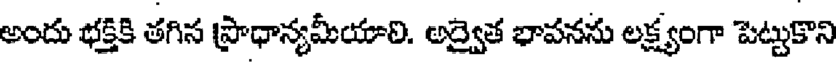
అందు భక్తికి తగిన ప్రాధాన్యమీయాలి. అద్వైత భావనను లక్ష్యంగా పెట్టుకొని